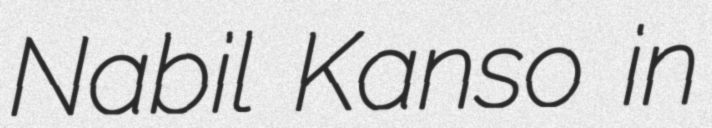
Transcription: Nabil Kanso in